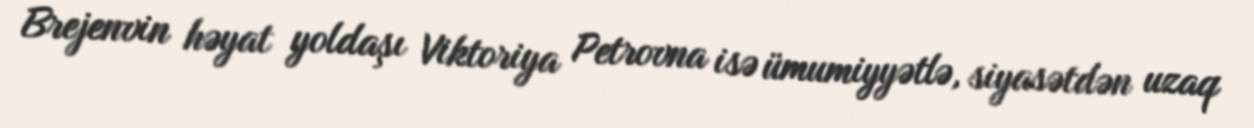
Brejenvin həyat yoldaşı Viktoriya Petrovna isə ümumiyyətlə, siyasətdən uzaq